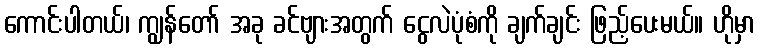
ကောင်းပါတယ်၊ ကျွန်တော် အခု ခင်ဗျားအတွက် ငွေလဲပုံစံကို ချက်ချင်း ဖြည့်ပေးမယ်။ ဟိုမှာ